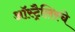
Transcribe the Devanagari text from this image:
ऑस्ट्रैलिस्चे